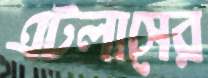
এটলাসের